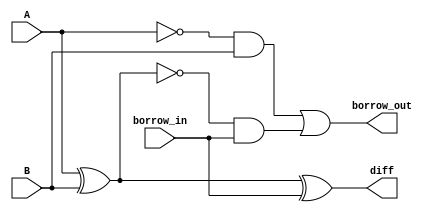
`timescale 1ns / 1ps
//////////////////////////////////////////////////////////////////////////////////
// Company: 
// Engineer: 
// 
// Design Name: 
// Module Name: Subtractor_1bit
// Project Name: 
// Target Devices: 
// Tool Versions: 
// Description: 
// 
// Dependencies: 
// 
// Revision:
// Revision 0.01 - File Created
// Additional Comments:
// 
//////////////////////////////////////////////////////////////////////////////////


module Subtractor_1bit(
output diff,borrow_out,
input A,B,borrow_in
    );
    wire A_bar;
    wire XOR_1_out;
    wire XOR_1_out_bar;
    wire AND_1_out;
    nor N1(A_bar,A);
    nor N2(XOR_1_out_bar,XOR_1_out);
    
    xor X1(XOR_1_out,A,B);
    and A1(AND_1_out,A_bar,B);
    
    xor X2(diff,XOR_1_out,borrow_in);
    and A2(AND_2_out,XOR_1_out_bar,borrow_in);
    
    or OR(borrow_out,AND_1_out,AND_2_out);
    
endmodule